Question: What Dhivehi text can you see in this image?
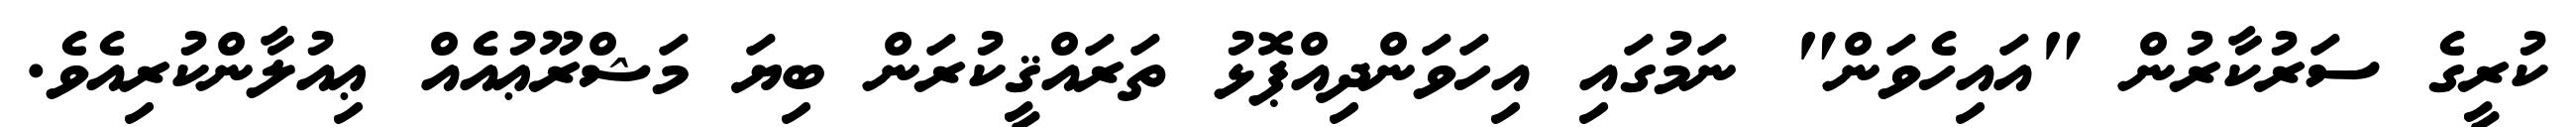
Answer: ކުރީގެ ސަރުކާރުން "އައިހެވަން" ނަމުގައި އިހަވަންދިއްޕޮޅު ތަރައްޤީކުރަން ބިޔަ މަޝްރޫޢުއެއް ޢިއުލާންކުރިއެވެ.